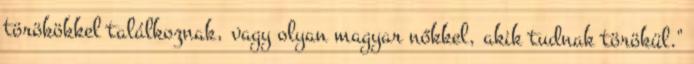
törökökkel találkoznak, vagy olyan magyar nőkkel, akik tudnak törökül."